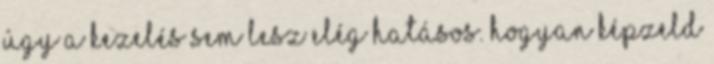
úgy a kezelés sem lesz elég hatásos. Hogyan képzeld